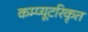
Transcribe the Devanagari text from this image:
कम्प्यूटरिकृत